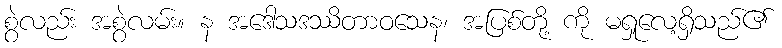
စွဲလည်း အစွဲလမ်း။ န အဒေါသဒဿိတာဝသေန၊ အပြစ်တို့ ကို မရှုလေ့ရှိသည်၏